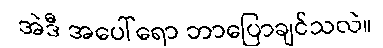
အဲဒီ အပေါ်ရော ဘာပြောချင်သလဲ။